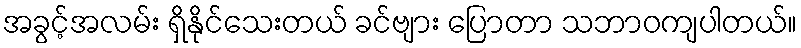
အခွင့်အလမ်း ရှိနိုင်သေးတယ် ခင်ဗျား ပြောတာ သဘာဝကျပါတယ်။